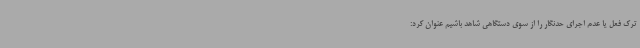
ترک فعل یا عدم اجرای حدنگار را از سوی دستگاهی شاهد باشیم عنوان کرد: